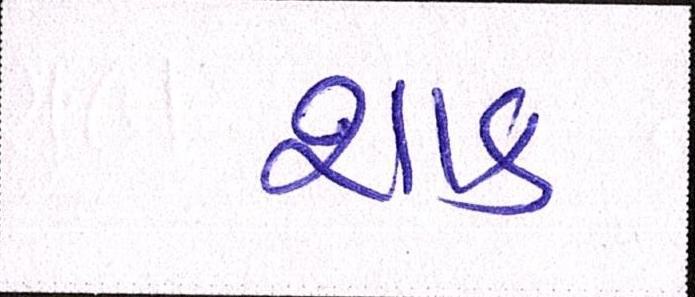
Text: શાક